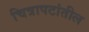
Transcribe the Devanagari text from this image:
चित्रापटांतील